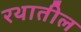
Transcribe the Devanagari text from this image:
रथातील